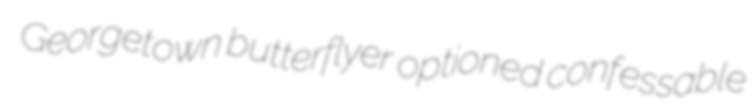
Georgetown butterflyer optioned confessable